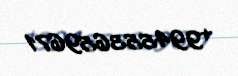
+994553659671